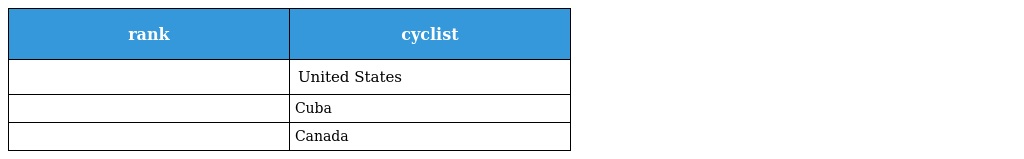
| rank | cyclist |
 | --- | --- |
 |  | United States |
 |  | Cuba |
 |  | Canada |